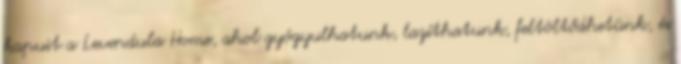
kapuit a Levendula Home, ahol gyógyulhatunk, lazíthatunk, feltöltődhetünk, és